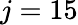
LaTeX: j=15